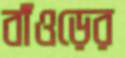
বাঁওড়ের